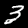
Label: 3